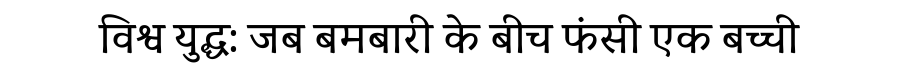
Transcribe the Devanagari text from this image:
विश्व युद्ध: जब बमबारी के बीच फंसी एक बच्ची